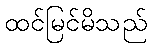
ထင်မြင်မိသည်